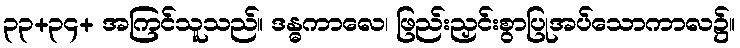
၃၃+၃၄+ အကြင်သူသည်။ ဒန္ဓကာလေ၊ ဖြည်းညှင်းစွာပြုအပ်သောကာလ၌။